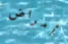
أمراض